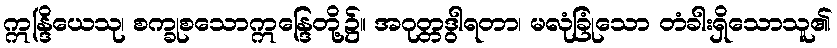
ဣန္ဒြိယေသု၊ စက္ခုစသောဣန္ဒြေတို့၌။ အဂုတ္တဒွါရတာ၊ မလုံခြုံသော တံခါးရှိသောသူ၏